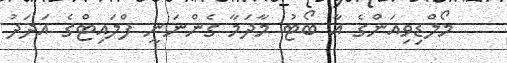
މޯލްޑިވިއަންގެ އާ ބޯޓު މާދަމާ ގެންނަނީ ފްލައިޓްގެ އަދަދު